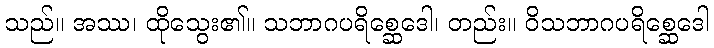
သည်။ အဿ၊ ထိုသွေး၏။ သဘာဂပရိစ္ဆေဒေါ၊ တည်း။ ဝိသဘာဂပရိစ္ဆေဒေါ